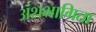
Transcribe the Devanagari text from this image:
अंशभागिता